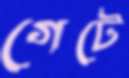
গেটে